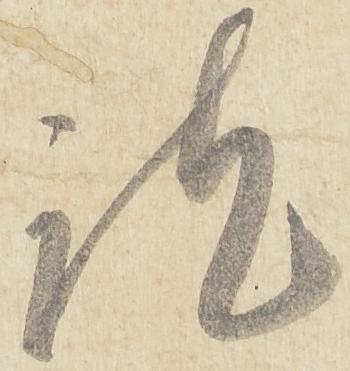
訖